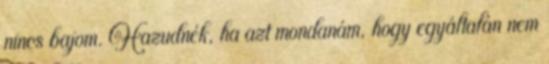
nincs bajom. Hazudnék, ha azt mondanám, hogy egyáltalán nem